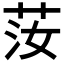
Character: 𦭰